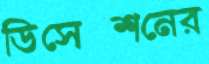
ডিসেক্শনের